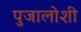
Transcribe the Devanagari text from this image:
पुजालोशी